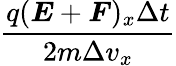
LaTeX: \frac{q(\boldsymbol{E}+\boldsymbol{F})_{x}\Delta t}{2m\Delta v_{x}}